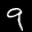
Label: 9